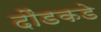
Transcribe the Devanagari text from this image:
दौंडकडे